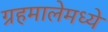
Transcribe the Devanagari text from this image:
ग्रहमालेमध्ये